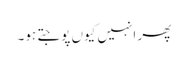
پھر انہیں کیوں پوجتے ہو۔